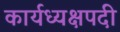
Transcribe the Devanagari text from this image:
कार्यध्यक्षपदी